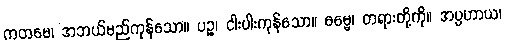
ကတမေ၊ အဘယ်မည်ကုန်သော။ ပဉ္စ၊ ငါးပါးကုန်သော။ ဓမ္မေ၊ တရားတို့ကို။ အပ္ပဟာယ၊